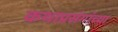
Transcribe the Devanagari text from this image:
कथाप्रसंगांच्या